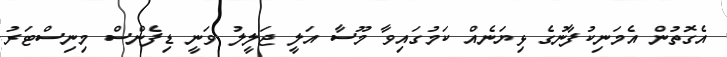
އެގޮތުން އެމަނިކުފާނުގެ ޅިޔަނެއް ކަމުގައިވާ މޫސާ އަލީ ޖަލީލު ވަނީ ޑިފެންސް މިނިސްޓަރު